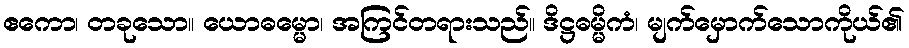
ဧကော၊ တခုသော။ ယောဓမ္မော၊ အကြင်တရားသည်။ ဒိဋ္ဌဓမ္မိကံ၊ မျက်မှောက်သောကိုယ်၏